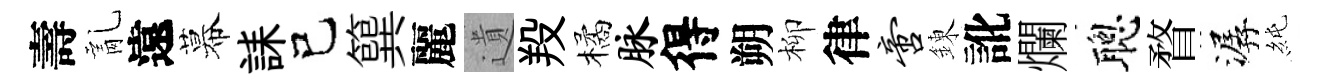
壽亂遠幕誄己簨麗遺羖橘脉得朔柳律啻錬訛爛聰瞀潺純